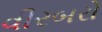
વીરબરો